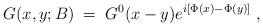
LaTeX: \begin{align*}G(x,y;B) \; = \; G^0(x-y) e^{i[\Phi(x) - \Phi(y)]} \; ,\end{align*}